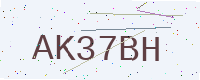
Text: AK37BH